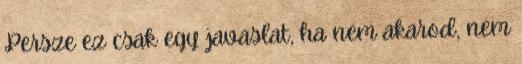
Persze ez csak egy javaslat, ha nem akarod, nem